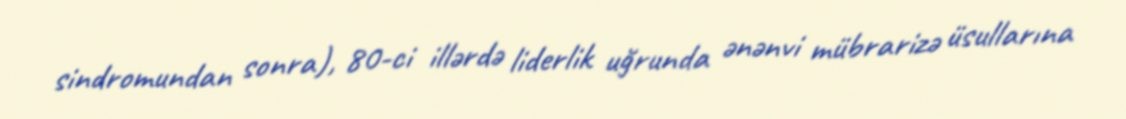
sindromundan sonra), 80-ci illərdə liderlik uğrunda ənənvi mübrarizə üsullarına